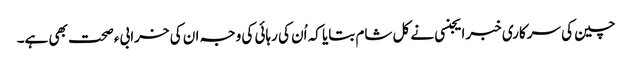
چین کی سرکاری خبر ایجنسی نے کل شام بتایا کہ اُن کی رہائی کی وجہ ان کی خرابیء صحت بھی ہے۔